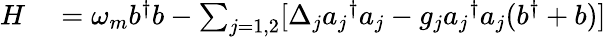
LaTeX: \begin{array}{rl}{H}&{{}=\omega_{m}b^{\dagger}b-\sum_{j=1,2}[\Delta_{j}{a_{j}}^{\dagger}a_{j}-g_{j}{a_{j}}^{\dagger}a_{j}(b^{\dagger}+b)]}\end{array}